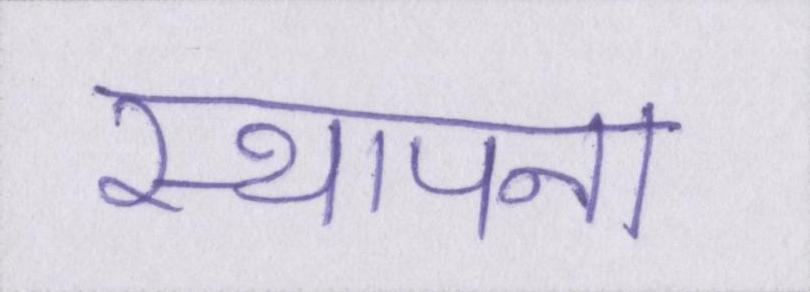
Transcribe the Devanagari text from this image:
स्थापना